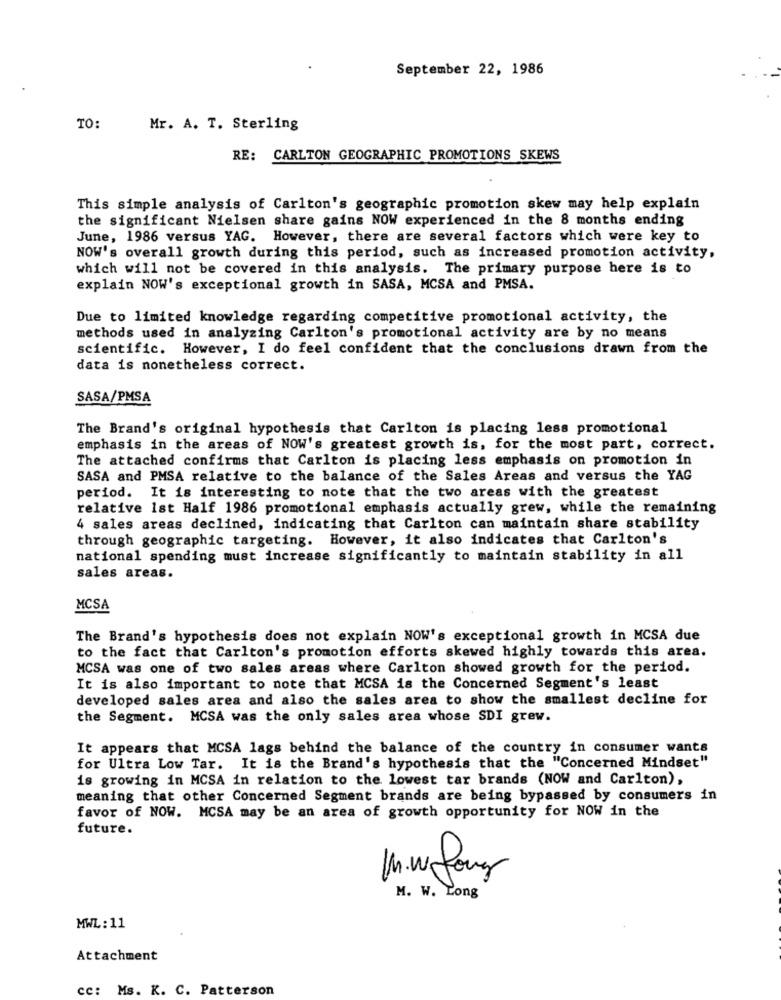
September 22, 1986
TO:
Mr. A. T. Sterling
RE: CARLTON GEOGRAPHIC PROMOTIONS SKEWS
This simple analysis of Carlton's geographic promotion skew may help explain
the significant Nielsen share gains NOW experienced in the 8 months ending
June, 1986 versus YAG. However, there are several factors which were key to
NOW's overall growth during this period, such as increased promotion activity,
which will not be covered in this analysis. The primary purpose here is to
explain NOW's exceptional growth in SASA, MCSA and PMSA.
Due to limited knowledge regarding competitive promotional activity, the
methods used in analyzing Carlton's promotional activity are by no means
scientific. However, I do feel confident that the conclusions drawn from the
data is nonetheless correct.
SASA/PMSA
The Brand's original hypothesis that Carlton is placing less promotional
emphasis in the areas of NOW's greatest growth is, for the most part, correct.
The attached confirms that Carlton is placing less emphasis on promotion in
SASA and PMSA relative to the balance of the Sales Areas and versus the YAG
period. It is interesting to note that the two areas with the greatest
relative 1st Half 1986 promotional emphasis actually grew, while the remaining
4 sales areas declined, indicating that Carlton can maintain share stability
through geographic targeting. However, it also indicates that Carlton's
national spending must increase significantly to maintain stability in all
sales areas.
MCSA
The Brand's hypothesis does not explain NOW's exceptional growth in MCSA due
to the fact that Carlton's promotion efforts skewed highly towards this area.
MCSA was one of two sales areas where Carlton showed growth for the period.
It is also important to note that MCSA is the Concerned Segment's least
developed sales area and also the sales area to show the smallest decline for
the Segment. MCSA was the only sales area whose SDI grew.
It appears that MCSA lags behind the balance of the country in consumer wants
for Ultra Low Tar. It is the Brand's hypothesis that the "Concerned Mindset"
is growing in MCSA in relation to the lowest tar brands (NOW and Carlton),
meaning that other Concerned Segment brands are being bypassed by consumers in
favor of NOW. MCSA may be an area of growth opportunity for NOW in the
future.
M.wLong
M. W. Long
MWL: 11
Attachment
cc: Ms. K. C. Patterson